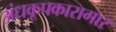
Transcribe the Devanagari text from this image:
अंधकूपकारागार